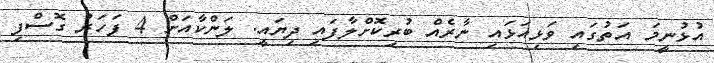
އުޅުނީމަ އަތުގައި ވަޅިއަޅައި ނާރެއް ބުރިކޮށްލާފައި ދިޔައީ. ލަންކާއަށް 4 ފަހަރު ގޮސްފި